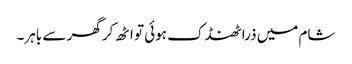
شام میں ذرا ٹھنڈک ہوئی تو اٹھ کر گھر سے باہر۔